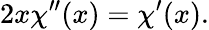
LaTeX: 2x\chi^{\prime\prime}(x)=\chi^{\prime}(x).